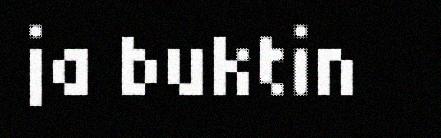
ja buktin